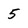
Character: 5